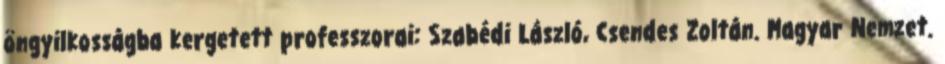
öngyilkosságba kergetett professzorai: Szabédi László, Csendes Zoltán. Magyar Nemzet.